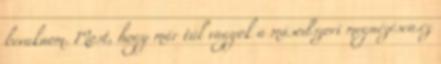
beraknom. Most, hogy már túl vagyok a másodszori megnézésen.ez